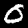
Digit: 0